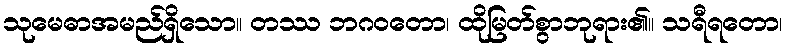
သုမေဓာအမည်ရှိသော။ တဿ ဘဂဝတော၊ ထိုမြတ်စွာဘုရား၏။ သရီရတော၊